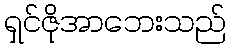
ရှင်ဇိုအာဘေးသည်